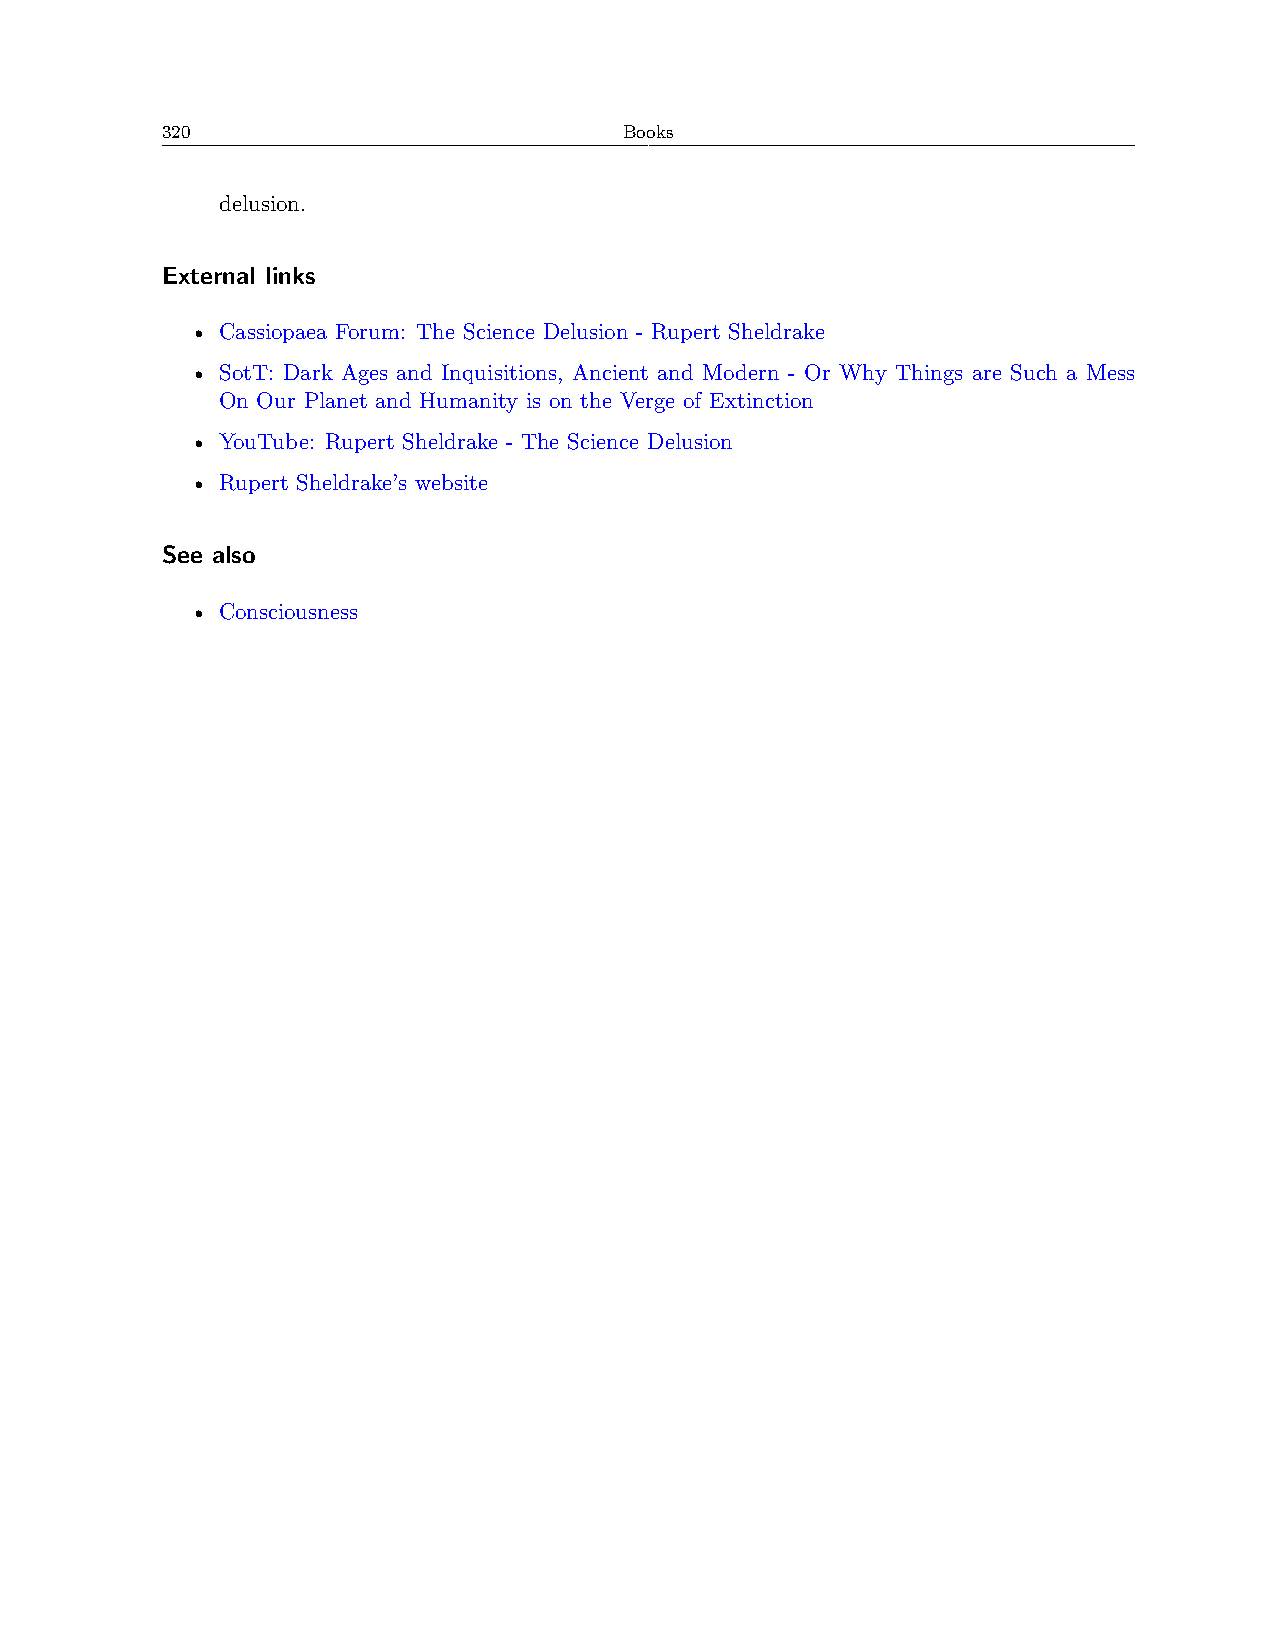
320                           Books
 delusion.
 External links
 • Cassiopaea Forum: The Science Delusion - Rupert Sheldrake
 • SotT: Dark Ages and Inquisitions, Ancient and Modern - Or Why Things are Such a Mess
 On Our Planet and Humanity is on the Verge of Extinction
 • YouTube: Rupert Sheldrake - The Science Delusion
 • Rupert Sheldrake’s website
 See also
 • Consciousness